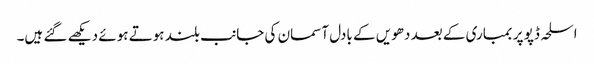
اسلحہ ڈپو پر بمباری کے بعد دھویں کے بادل آسمان کی جانب بلند ہوتے ہوئے دیکھے گئے ہیں۔